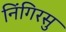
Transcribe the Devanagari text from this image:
निंगिरसु